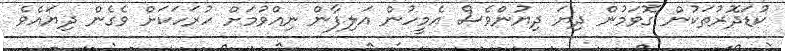
ކުޑަދޮރުތަކުން ގޮވަމުން ދިޔަ ދިޔުންވެސް އެމީހުން އަލިފާން ނިއްވުމަށް ހުރަހަކަށް ވެގެން ދިޔައެވެ